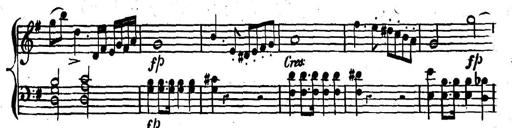
Title: Nouvelle Sonatine facile et agrÃ©able
Composer: Ignaz Moscheles
Key: G major